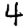
Digit: 4